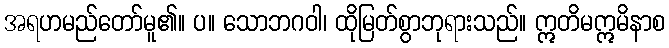
အရဟမည်တော်မူ၏။ ပ။ သောဘဂဝါ၊ ထိုမြတ်စွာဘုရားသည်။ ဣတိမဣမိနာစ